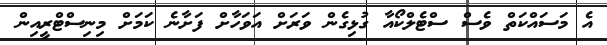
އެ މަސައްކަތް ވެސް ސްޓެލްކޯއާ ގުޅިގެން ވަރަށް އަވަހާށް ފަށާނެ ކަމަށް މިނިސްޓްރީއިން